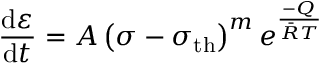
{ \frac { \mathrm { d } \varepsilon } { \mathrm { d } t } } = A \left( \sigma - \sigma _ { \mathrm { { t h } } } \right) ^ { m } e ^ { \frac { - Q } { { \bar { R } } T } }